King Institute of Preventive Medicine Micro-Biological Section reports 1909-11
Year: 1909
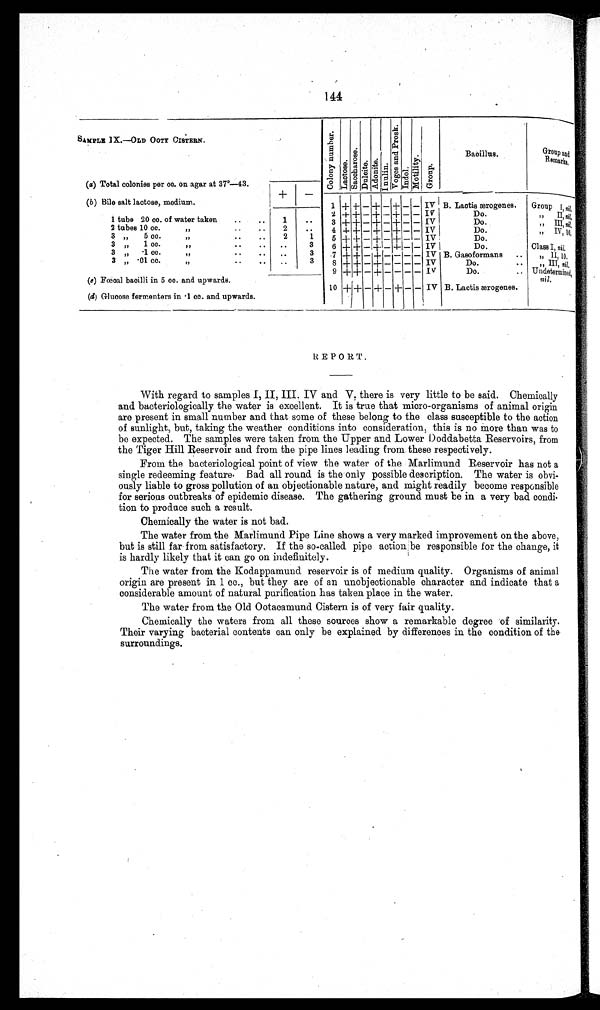
144
SAMPLE IX.–OLD OOTY CISTERN.
C o l o n y n u m b e r .
La c t o s e . S a c c h a r o s e . Du l c i t e . Ad o n i t e .
I n u l i n .
V o g e s a n d P r o s k . I ndol . M o t i l i t y . Gr o u p .
Bacillus.
Group and
Remarks.
(a) Total colonies per cc. on agar at 37°–43.
( b ) Bile salt lactose, medium.
+ –
1 + + – +
– + – – IV B. Laotis ærogenes.
Group I, n il.
2 + + – + – + – – IV
Do.
"
I I , n
i l .
1 tube 20 cc. of water taken
..
..
1
..
3 + + – + – + – – IV
Do.
"
I I I
n i l .
2 tubes 10 cc.
" . .
. .
. .
2
..
4 + + – + – + – – IV
Do.
"
I V , 1 0 .
3 "
5 cc.
" . .
.
.
..
2
1
5 + + – + – + – – IV.
Do.
3
" 1 cc.
" . .
. .
. .
..
3
6 + + – + – + – – IV
Do.
Class I, nil.
3
" .1 cc.
" . .
. .
. .
..
3
7 + + – + – – – – IV B. Gasoformans
" II, 10.
3
" .01 cc.
"
..
. .
. . 3
8 + + – + – – – – IV
Do.
"
" I I I ,
n i l .
9 + + – + – – – –
I V
Do.
Undetermined,
nil.
(c) Fœcal bacilli in 5 cc. and upwards.
10 + + – + – + – – IV B. Lactis ærogenes.
(d) Glucose fermenters in .1 cc. and upwards.
i
REPORT .
With regard to samples I, II, III, IV and V, there is very little to be said. Chemically
and bacteriologically the water is excellent. It is true that micro-organisms of animal origin
are present in small number and that some of these belong to the class susceptible to the action
of sunlight, but, taking the weather conditions into consideration, this is no more than was to
be expected. The samples were taken from the Upper and Lower Doddabetta Reservoirs, from
the Tiger Hill Reservoir and from the pipe lines leading from these respectively.
From the bacteriological point of view the water of the Marlimund Reservoir has not a
single redeeming feature. Bad all round is the only possible description. The water is obvi
-ously liable to gross pollution of an objectionable nature, and might readily become responsible
for serious outbreaks of epidemic disease. The gathering ground must be in a very bad condi
-tion to produce such a result.
Chemically the water is not bad.
The water from the Marlimund Pipe Line shows a very marked improvement on the above,
but is still far from satisfactory. If the so-called pipe action be responsible for the change, it
is hardly likely that it can go on indefinitely.
The water from the Kodappamund reservoir is of medium quality. Organisms of animal
origin are present in 1 cc., but they are of an unobjectionable character and indicate that a
considerable amount of natural purification has taken place in the water.
The water from the Old Ootacamund Cistern is of very fair quality.
Chemically the waters from all these sources show a remarkable degree of similarity.
Their varying bacterial contents can only be explained by differences in the condition of the
surroundings.